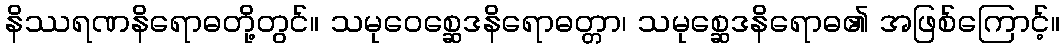
နိဿရဏနိရောဓတို့တွင်။ သမုဝေစ္ဆေဒနိရောဓတ္တာ၊ သမုစ္ဆေဒနိရောဓ၏ အဖြစ်ကြောင့်။